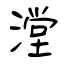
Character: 漟